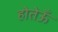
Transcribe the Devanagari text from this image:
होतेऊँ